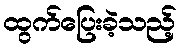
ထွက်ပြေးခဲ့သည့်